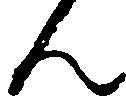
ん